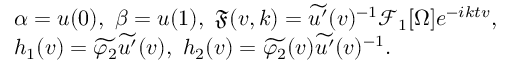
\begin{array} { r l } & { \alpha = u ( 0 ) , \ \beta = u ( 1 ) , \ \mathfrak { F } ( v , k ) = \widetilde { u ^ { \prime } } ( v ) ^ { - 1 } \mathcal { F } _ { 1 } [ \Omega ] e ^ { - i k t v } , } \\ & { h _ { 1 } ( v ) = \widetilde { \varphi _ { 2 } } \widetilde { u ^ { \prime } } ( v ) , \ h _ { 2 } ( v ) = \widetilde { \varphi _ { 2 } } ( v ) \widetilde { u ^ { \prime } } ( v ) ^ { - 1 } . } \end{array}